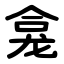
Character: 龛